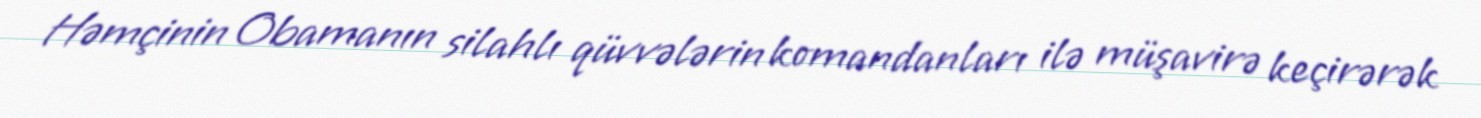
Həmçinin Obamanın silahlı qüvvələrin komandanları ilə müşavirə keçirərək